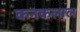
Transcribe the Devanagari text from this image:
कनकलाल